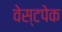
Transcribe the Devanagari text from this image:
वेस्टपेक